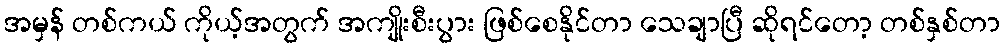
အမှန် တစ်ကယ် ကိုယ့်အတွက် အကျိုးစီးပွား ဖြစ်စေနိုင်တာ သေချာပြီ ဆိုရင်တော့ တစ်နှစ်တာ